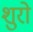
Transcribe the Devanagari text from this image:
शुरो